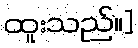
ထူးသည်။]